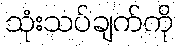
သုံးသပ်ချက်ကို